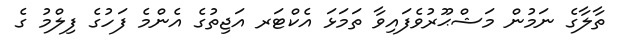
ތާލާގެ ނަމުން މަޝްޙޫރުވެފައިވާ ތަމަޅަ އެކްޓަރ އަޖިތުގެ އެންމެ ފަހުގެ ފިލްމު ގެ